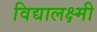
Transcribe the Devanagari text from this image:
विद्यालक्ष्मी